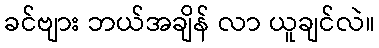
ခင်ဗျား ဘယ်အချိန် လာ ယူချင်လဲ။